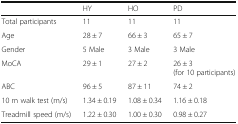
|  | HY | HO | PD |
 | --- | --- | --- | --- |
 | Total participants | 11 | 11 | 11 |
 | Age | 28 ± 7 | 66 ± 3 | 65 ± 7 |
 | Gender | 5 Male | 3 Male | 3 Male |
 | MoCA | 29 ± 1 | 27 ± 2 | 26 ± 3 (for 10 participants) |
 | ABC | 96 ± 5 | 87 ± 11 | 74 ± 2 |
 | 10 m walk test (m/s) | 1.34 ± 0.19 | 1.08 ± 0.34 | 1.16 ± 0.18 |
 | Treadmill speed (m/s) | 1.22 ± 0.30 | 1.00 ± 0.30 | 0.98 ± 0.27 |